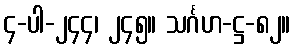
၄-ပါ-၂၄၄၊ ၂၄၅။ သင်္ဂဟ-ဋ္ဌ-၈၂။